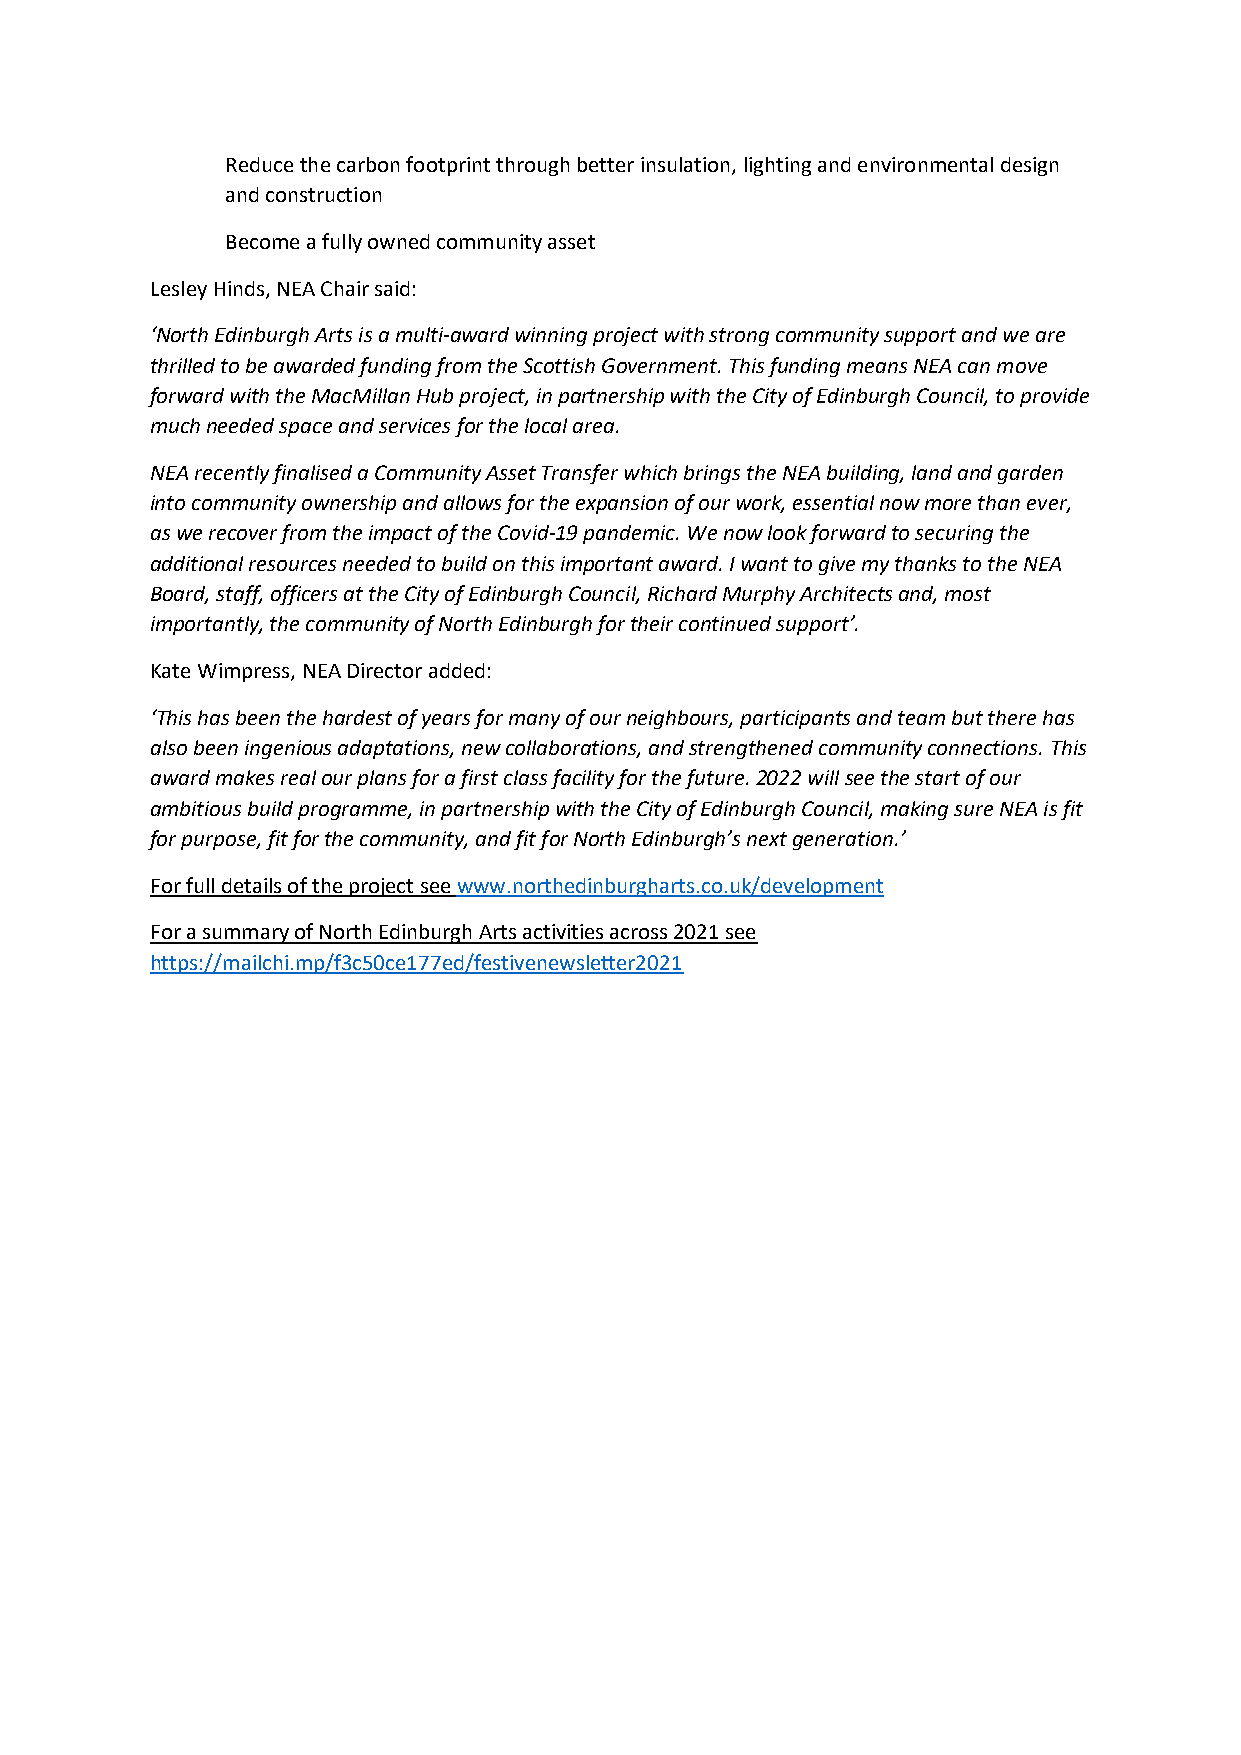
Reduce the carbon footprint through better insulation, lighting and environmental design
 and construction
 Become a fully owned community asset
 Lesley Hinds, NEA Chair said:
 ‘North Edinburgh Arts is a multi-award winning project with strong community support and we are
 thrilled to be awarded funding from the Scottish Government. This funding means NEA can move
 forward with the MacMillan Hub project, in partnership with the City of Edinburgh Council, to provide
 much needed space and services for the local area.
 NEA recently finalised a Community Asset Transfer which brings the NEA building, land and garden
 into community ownership and allows for the expansion of our work, essential now more than ever,
 as we recover from the impact of the Covid-19 pandemic. We now look forward to securing the
 additional resources needed to build on this important award. I want to give my thanks to the NEA
 Board, staff, officers at the City of Edinburgh Council, Richard Murphy Architects and, most
 importantly, the community of North Edinburgh for their continued support’.
 Kate Wimpress, NEA Director added:
 ‘This has been the hardest of years for many of our neighbours, participants and team but there has
 also been ingenious adaptations, new collaborations, and strengthened community connections. This
 award makes real our plans for a first class facility for the future. 2022 will see the start of our
 ambitious build programme, in partnership with the City of Edinburgh Council, making sure NEA is fit
 for purpose, fit for the community, and fit for North Edinburgh’s next generation.’
 For full details of the project see www.northedinburgharts.co.uk/development
 For a summary of North Edinburgh Arts activities across 2021 see
 https://mailchi.mp/f3c50ce177ed/festivenewsletter2021